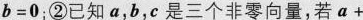
b = 0$$；②已知a，b，c是三个非零向量，若$$a +